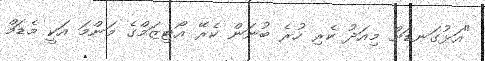
"އަޅުގަނޑަށް މިއަދު ކެރި ހުރެ ބުނަން ކެރޭ އޯޓިޒަމްގެ މަންމަ އަކީ މެޑަމް